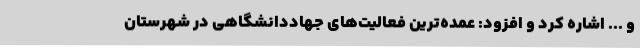
و ... اشاره کرد و افزود: عمده‌ترین فعالیت‌های جهاددانشگاهی در شهرستان